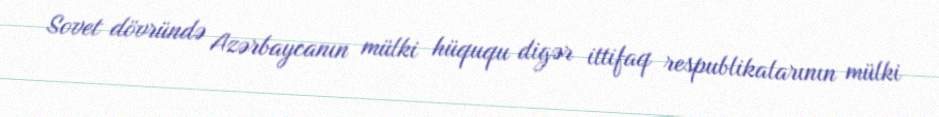
Sovet dövründə Azərbaycanın mülki hüququ digər ittifaq respublikalarının mülki